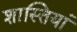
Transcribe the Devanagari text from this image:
शास्तियां